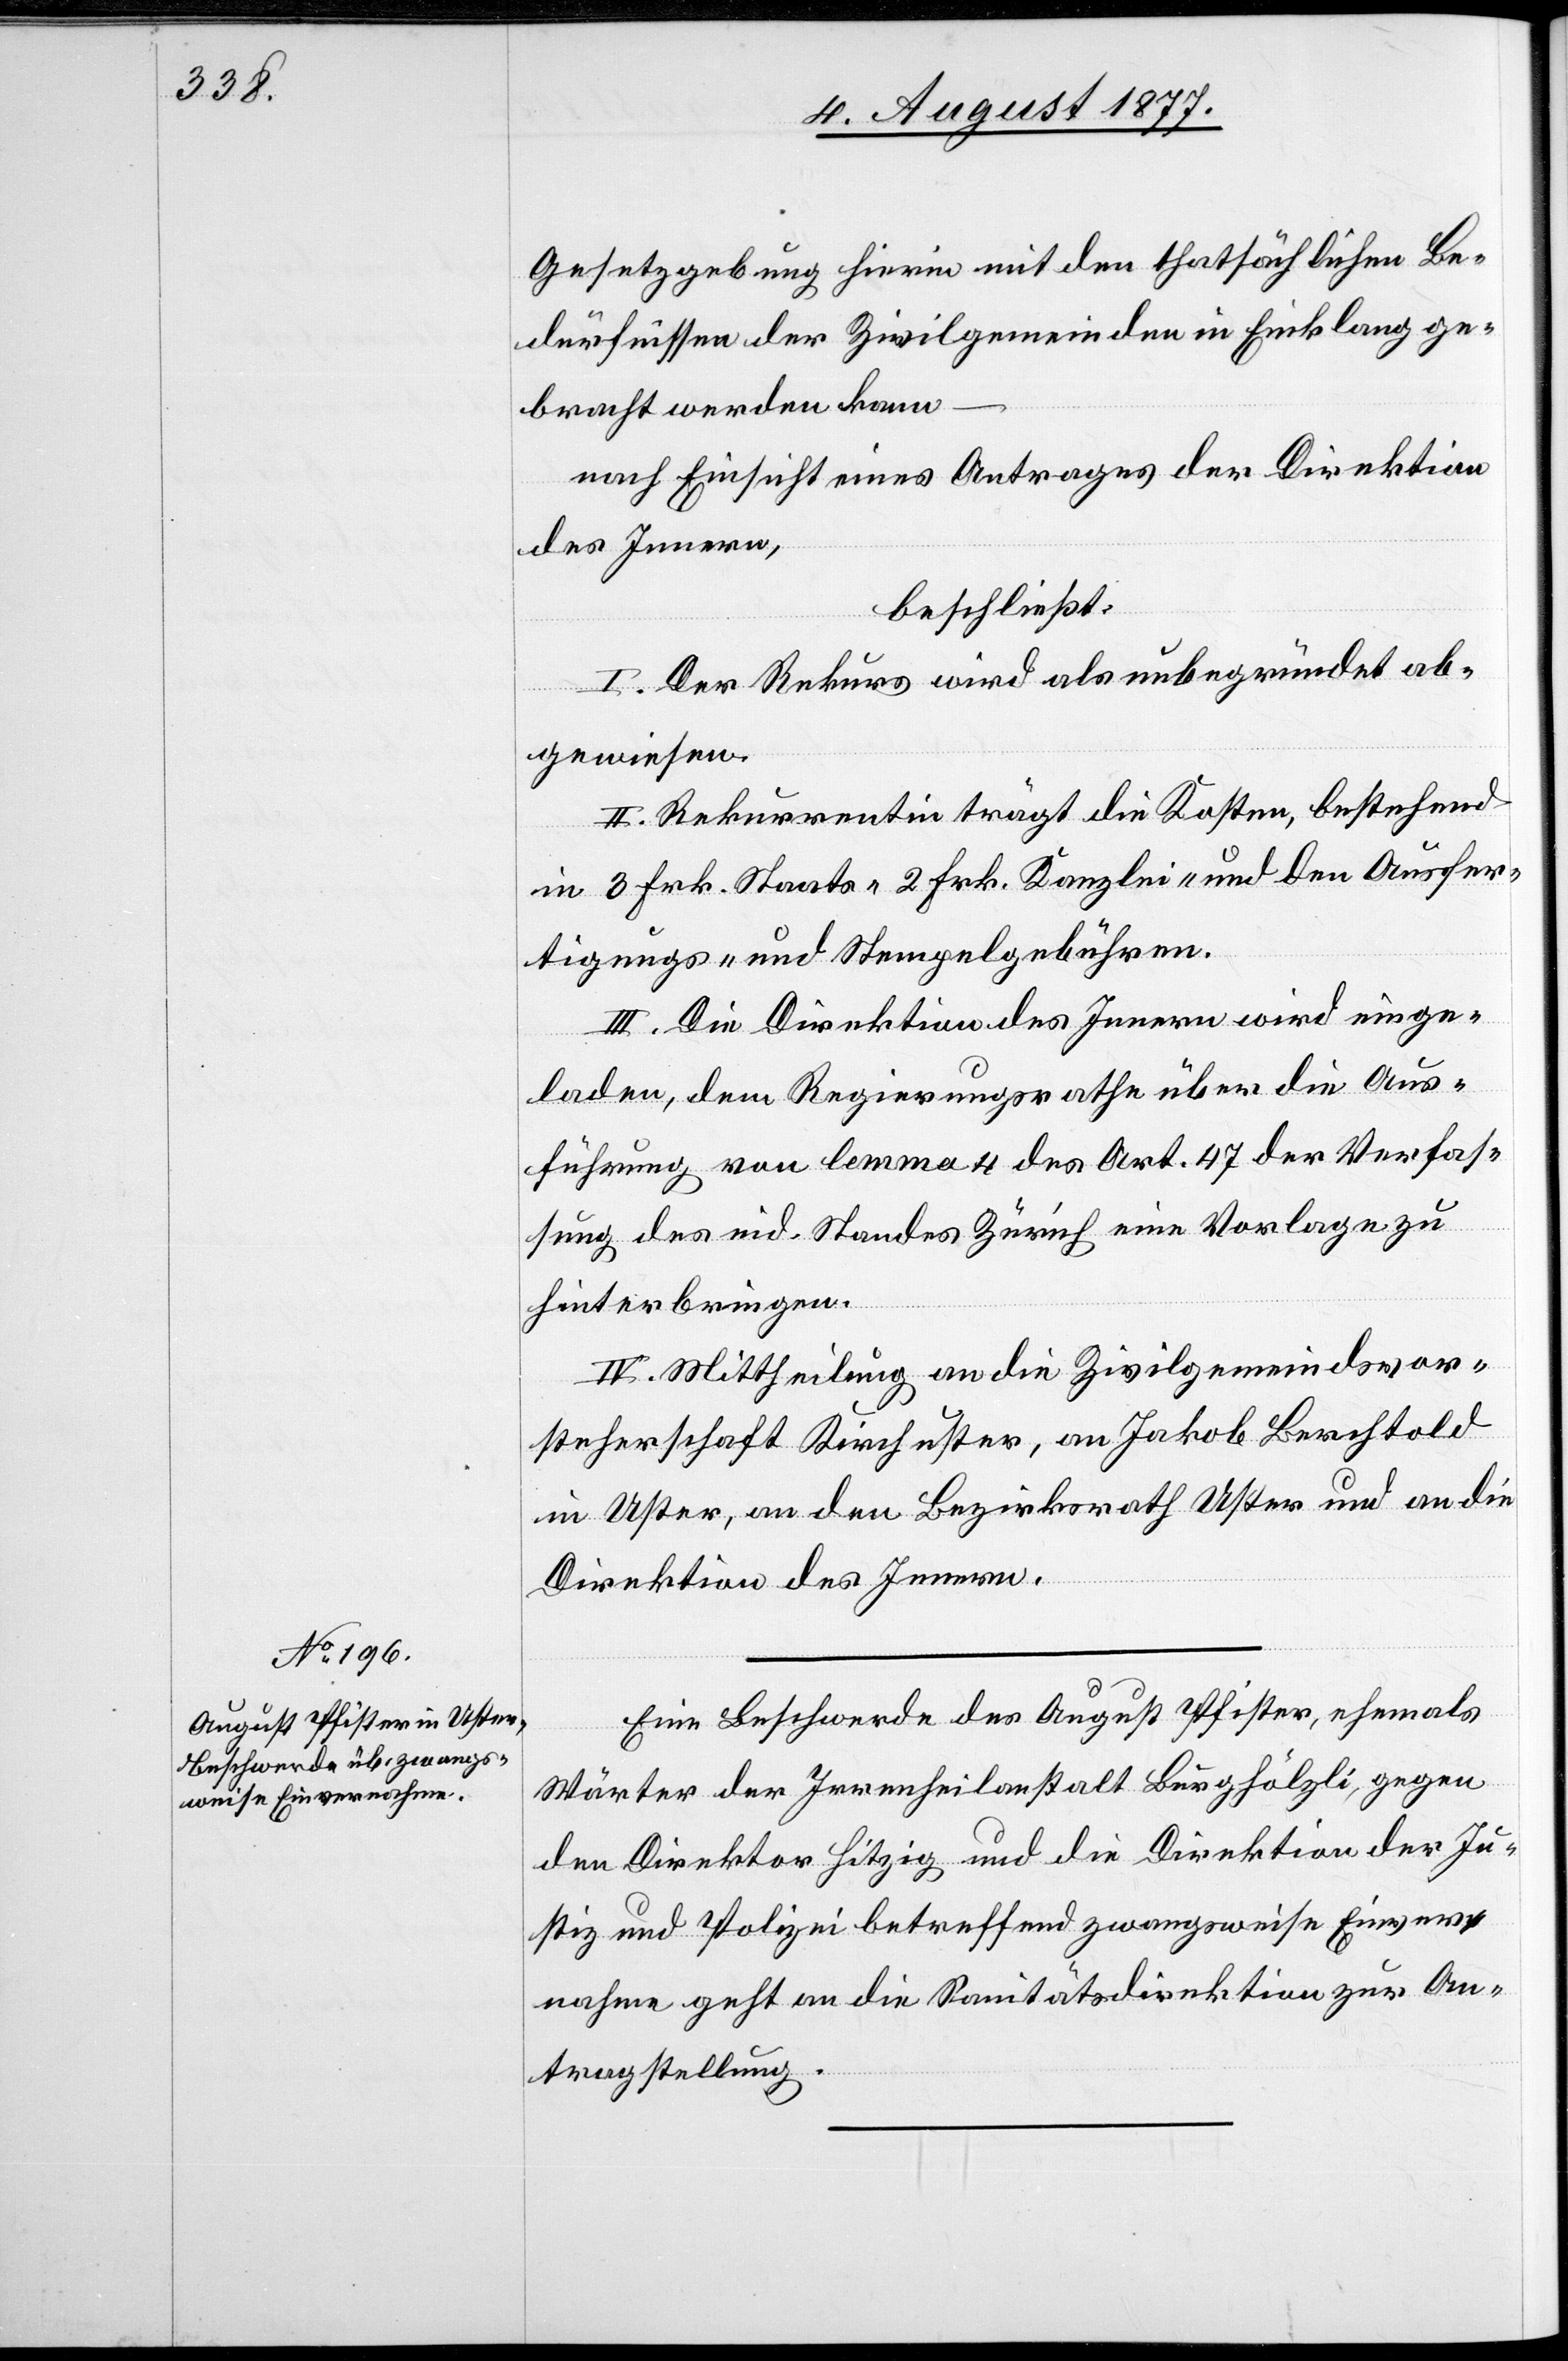
Gesetzgebung hierin mit den thatsächlichen Be¬
dürfnissen der Zivilgemeinden in Einklang ge¬
bracht werden kann
nach Einsicht eines Antrages der Direktion
des Innern,
beschließt:
I. Der Rekurs wird als unbegründet ab¬
gewiesen.
II. Rekurrentin trägt die Kosten, bestehend
in 3 Frk. Staats-[,] 2 Frk. Kanzlei- und den Ausfer¬
tigungs- und Stempelgebühren.
III. Die Direktion des Innern wird einge¬
laden, dem Regierungsrathe über die Aus¬
führung von lemma 4 des Art. 47 der Verfas¬
sung des eid. Standes Zürich eine Vorlage zu
hinterbringen.
IV. Mittheilung an die Zivilgemeindsvor¬
steherschaft Kirchuster, an Jakob Berchtold
in Uster, an den Bezirksrath Uster und an die
Direktion des Innern.
Eine Beschwerde des August Pfister, ehemals
Wärter der Irrenheilanstalt Burghölzli, gegen
den Direktor Hitzig und die Direktion der Ju¬
stiz und Polizei betreffend zwangsweise Einver¬
nahme geht an die Sanitätsdirektion zur An¬
tragstellung.